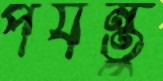
পর্যন্তু